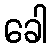
ခေါ